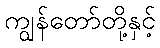
ကျွန်တော်တို့နှင့်